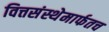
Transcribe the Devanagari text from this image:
वित्तसंस्थेमार्फतच